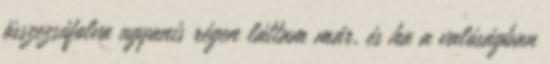
összezsúfolva ugyanis régen láttam már, és ha a valóságban